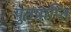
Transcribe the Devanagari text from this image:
पुनप्राप्ति